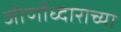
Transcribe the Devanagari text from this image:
जीर्णोध्दाराच्या